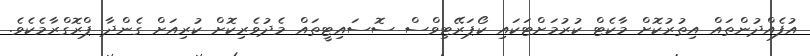
އުފެއްދުންތައް އިތުރުކޮށް މާކެޓް ކުރުމަށްޓަކައި ކޯޕަރޭޓިވްސް ސޮސައިޓީތައް މެދުވެރިކޮށް ކުރިއަށް ގެންދާ ޕްރޮގްރާމެކެވެ.